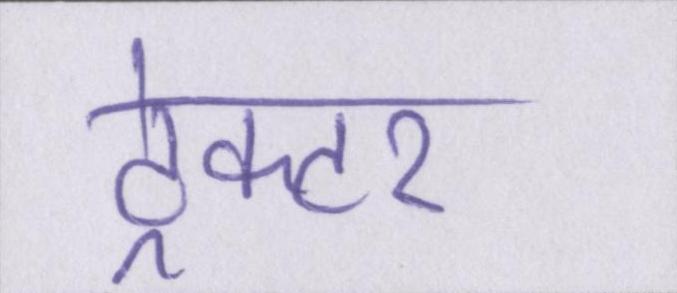
ट्रेक्टर